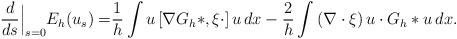
LaTeX: \begin{align*} \frac{d}{ds}\Big|_{s=0}E_h(u_s) = & \frac1h \int u \left[ \nabla G_h \ast, \xi\cdot \right] u \, dx - \frac2h \int \left(\nabla \cdot \xi \right) u \cdot G_h\ast u\,dx. \end{align*}